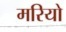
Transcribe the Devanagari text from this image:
मरियो